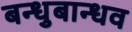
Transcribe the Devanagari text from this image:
बन्धुबान्धव